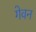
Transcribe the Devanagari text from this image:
गेवन